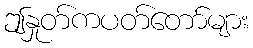
ဤနှုတ်ကပတ်တော်များ